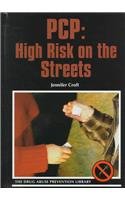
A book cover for PCP: High Risk on the Streets (Drug Abuse Prevention Library); Jennifer Croft; Teen & Young Adult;